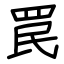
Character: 罠